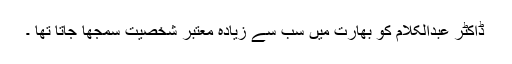
ڈاکٹر عبدالکلام کو بھارت میں سب سے زیادہ معتبر شخصیت سمجھا جاتا تھا ۔